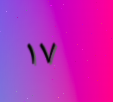
١٧